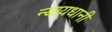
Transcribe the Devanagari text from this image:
न्यायधानी